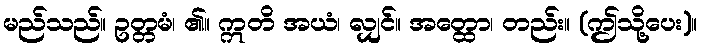
မည်သည်။ ဥတ္တမံ၊ ၏။ ဣတိ အယံ၊ လျှင်။ အတ္ထော၊ တည်း။ (ဤသို့ပေး)။